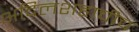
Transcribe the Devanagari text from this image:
अदिलशहाचीच